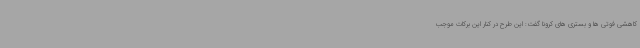
کاهشی فوتی ها و بستری های کرونا گفت: این طرح در کنار این برکات موجب